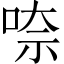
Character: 㖠